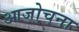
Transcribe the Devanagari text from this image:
आजोचना